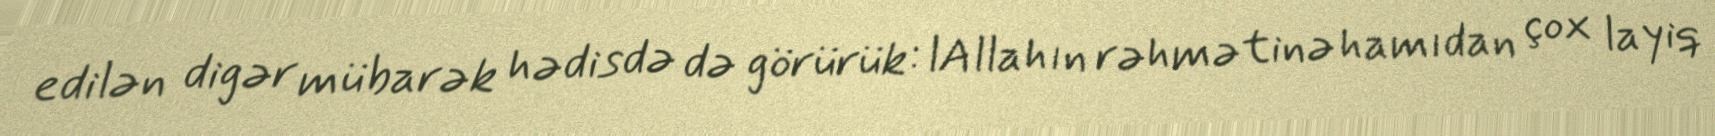
edilən digər mübarək hədisdə də görürük: lAllahın rəhmətinə hamıdan çox layiq